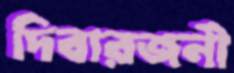
দিবারজনী